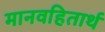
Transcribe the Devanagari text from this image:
मानवहितार्थ